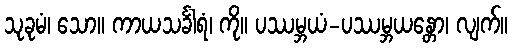
သုခုမံ၊ သော။ ကာယသင်္ခါရံ၊ ကို။ ပဿမ္ဘယံ-ပဿမ္ဘယန္တော၊ လျက်။